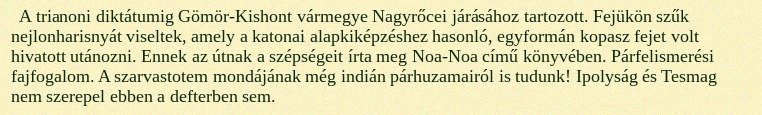
A trianoni diktátumig Gömör-Kishont vármegye Nagyrőcei járásához tartozott. Fejükön szűk nejlonharisnyát viseltek, amely a katonai alapkiképzéshez hasonló, egyformán kopasz fejet volt hivatott utánozni. Ennek az útnak a szépségeit írta meg Noa-Noa című könyvében. Párfelismerési fajfogalom. A szarvastotem mondájának még indián párhuzamairól is tudunk! Ipolyság és Tesmag nem szerepel ebben a defterben sem.